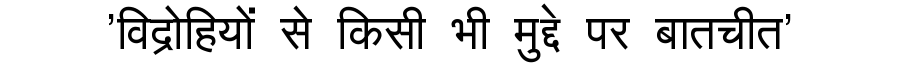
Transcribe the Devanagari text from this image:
'विद्रोहियों से किसी भी मुद्दे पर बातचीत'